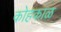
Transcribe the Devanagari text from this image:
कोहकाळ